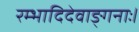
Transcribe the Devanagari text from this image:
रम्भादिदेवाङ्गनाः।